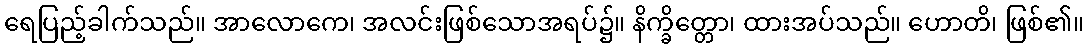
ရေပြည့်ခါက်သည်။ အာလောကေ၊ အလင်းဖြစ်သောအရပ်၌။ နိက္ခိတ္တော၊ ထားအပ်သည်။ ဟောတိ၊ ဖြစ်၏။